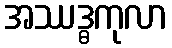
အဿဒ္ဓကုလာ